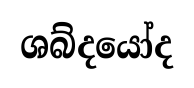
ශබ්දයෝද